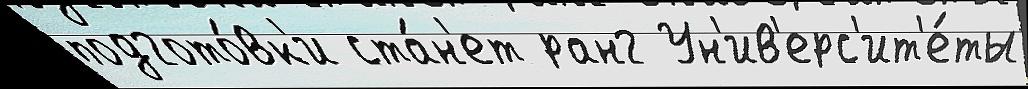
подгото́вк'и ста́н'ет ранг Ун'ив'ерс'ит'е́ты